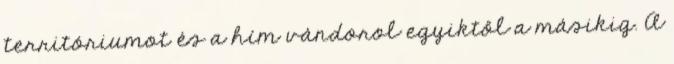
territóriumot és a hím vándorol egyiktől a másikig. A